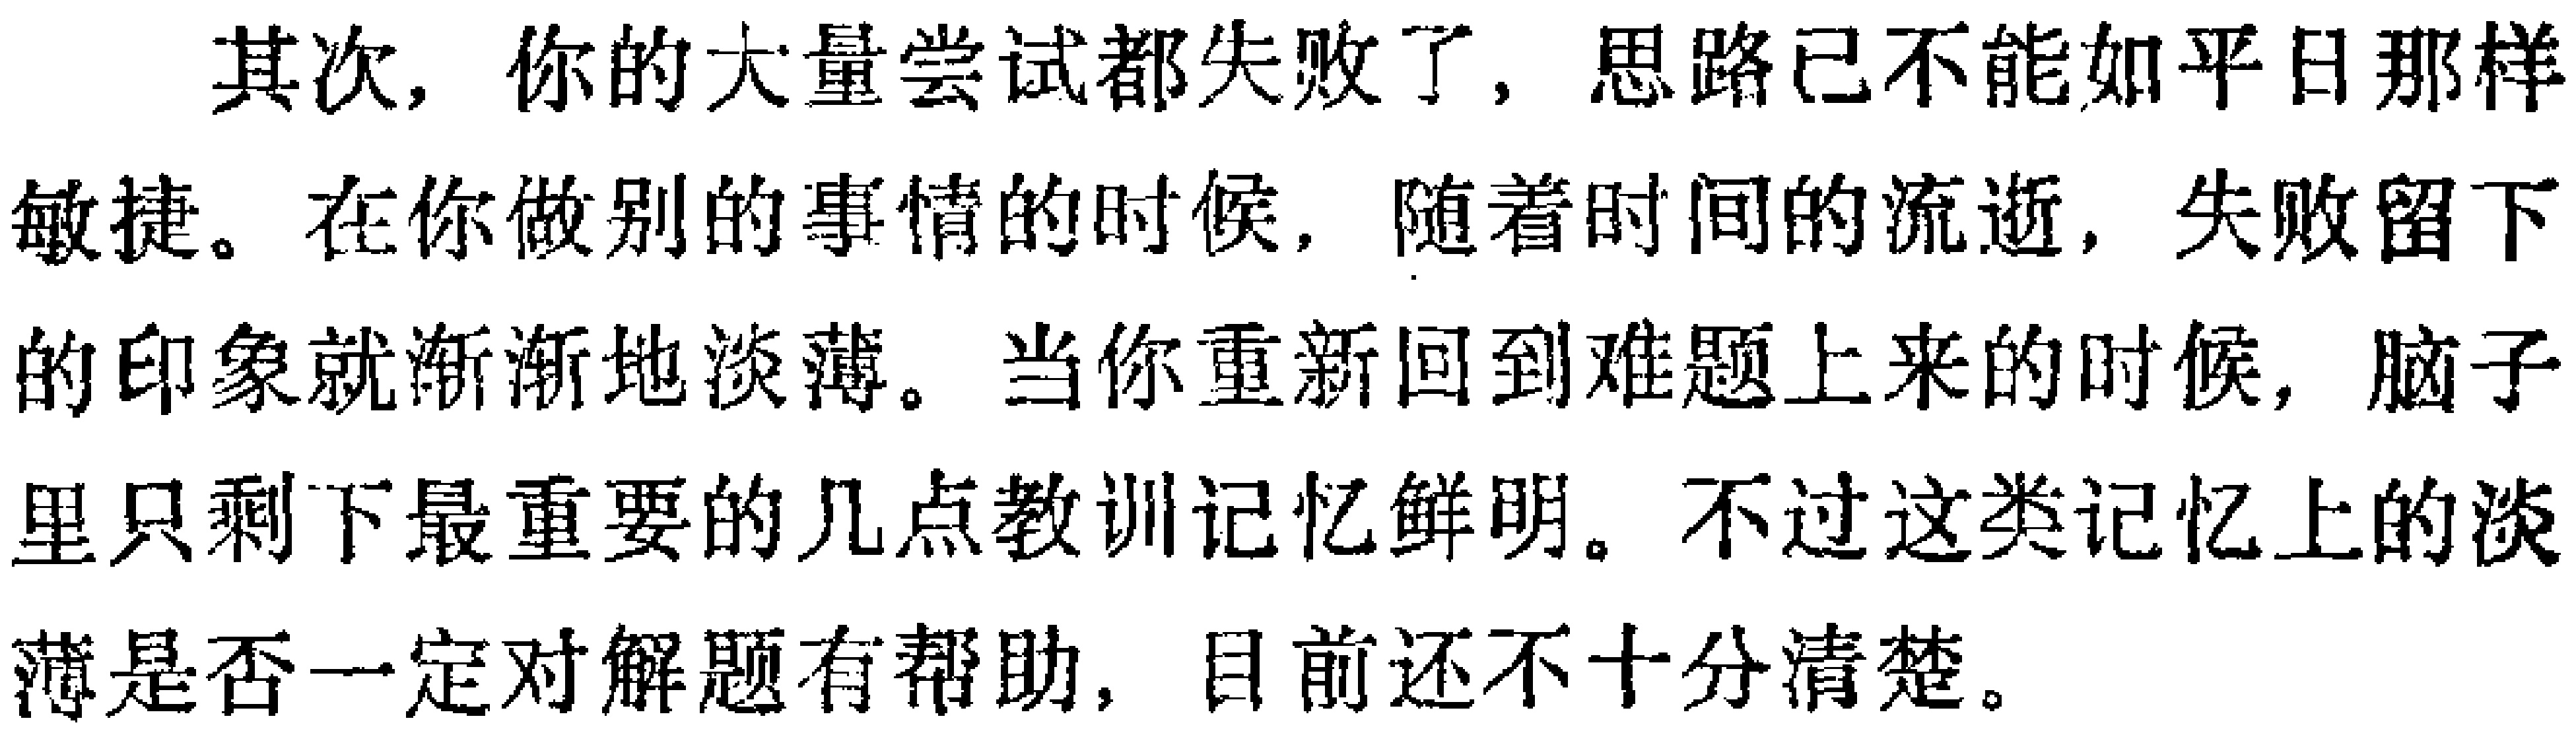
其次，你的大量尝试都失败了，思路已不能如平日那样敏捷。在你做别的事情的时候，随着时间的流逝，失败留下的印象就渐渐地淡薄。当你重新回到难题上来的时候，脑子里只剩下最重要的几点教训记忆鲜明。不过这类记忆上的淡薄是否一定对解题有帮助，目前还不十分清楚。